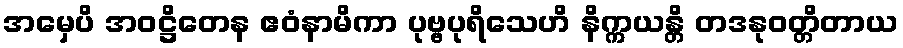
အမှေပိ အဝဋ္ဌိတေန ဧဝံနာမိကာ ပုဗ္ဗပုရိသေဟိ နိက္ကယန္တိ တဒနုဝတ္တိတာယ